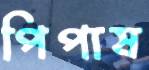
পিপাষ